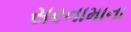
સરનામાના